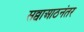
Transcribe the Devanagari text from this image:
सव्वाआठनंतर